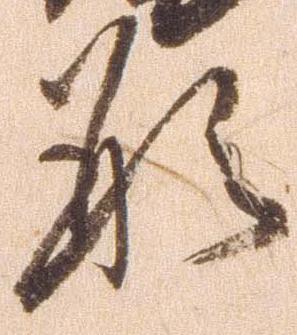
形